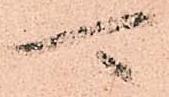
可